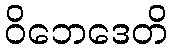
ဝိဘေဒေတိ